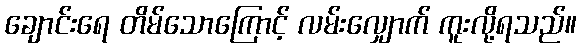
ချောင်းရေ တိမ်သောကြောင့် လမ်းလျှောက် ကူးလို့ရသည်။